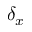
\delta _ { x }